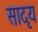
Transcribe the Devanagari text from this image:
सादृय